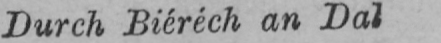
Durch Biéréch an Dal